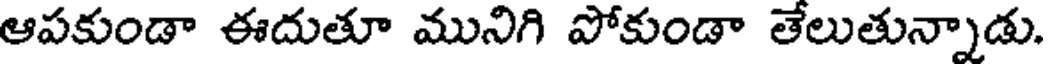
ఆపకుండా ఈదుతూ మునిగి పోకుండా తేలుతున్నాడు.